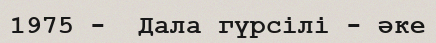
1975 -  Дала гүрсілі - әке